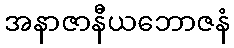
အနာဇာနီယဘောဇနံ